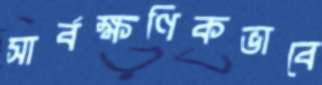
সার্বক্ষণিকভাবে